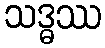
သဒ္ဓဿ